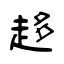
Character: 趍